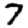
Digit: 7